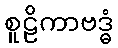
စူဠိကာဗဒ္ဓံ